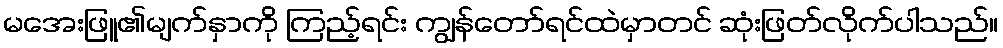
မအေးဖြူ၏မျက်နှာကို ကြည့်ရင်း ကျွန်တော်ရင်ထဲမှာတင် ဆုံးဖြတ်လိုက်ပါသည်။